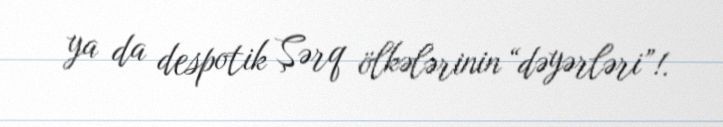
ya da despotik Şərq ölkələrinin “dəyərləri”!.